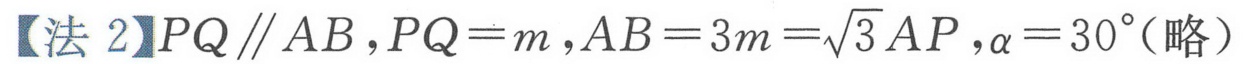
【法 2】\(PQ\parallel AB\)，\(PQ = m\)，\(AB = 3m=\sqrt{3}AP\)，\(\alpha = 30^{\circ}\)（略）